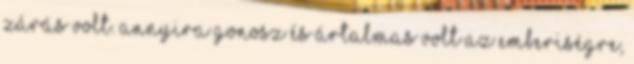
zárás volt. Annyira gonosz és ártalmas volt az emberiségre,